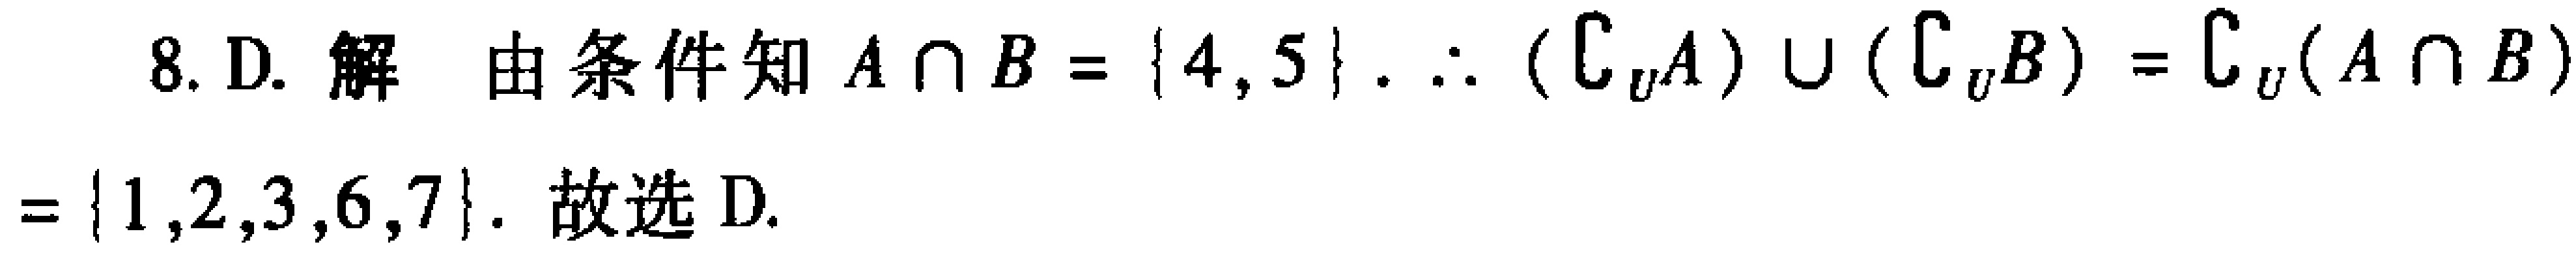
8. D. 解 由条件知 \(A\cap B = \{4,5\}\). \(\therefore (\complement_{U}A)\cup(\complement_{U}B)=\complement_{U}(A\cap B)=\{1,2,3,6,7\}\). 故选 D.